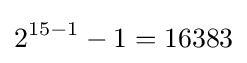
2^{15-1}-1=16383